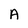
Character: A